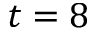
t = 8